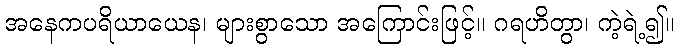
အနေကပရိယာယေန၊ များစွာသော အကြောင်းဖြင့်။ ဂရဟိတွာ၊ ကဲ့ရဲ့၍။